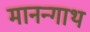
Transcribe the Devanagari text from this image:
मानन्गाथ